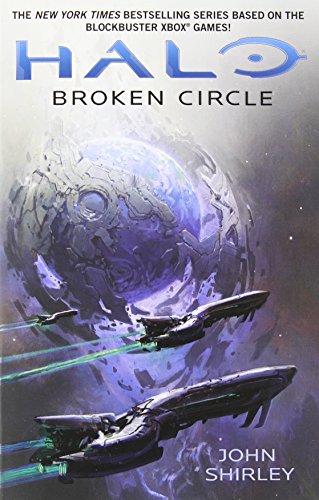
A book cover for Broken Circle (HALO); John Shirley; Science Fiction & Fantasy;